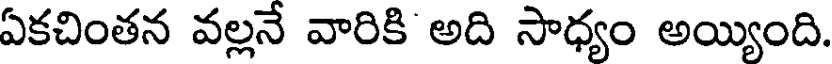
ఏకచింతన వల్లనే వారికి అది సాధ్యం అయ్యింది.